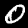
Label: 0